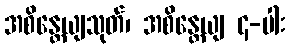
အစိန္တေယျသုတ်၊ အစိန္တေယျ ၄-ပါး